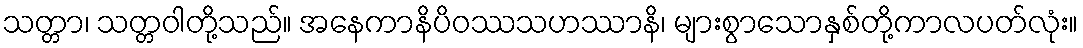
သတ္တာ၊ သတ္တဝါတို့သည်။ အနေကာနိပိဝဿသဟဿာနိ၊ များစွာသောနှစ်တို့ကာလပတ်လုံး။